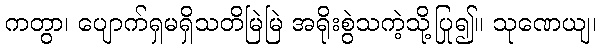
ကတွာ၊ ပျောက်ရှမရှိသတိမြဲမြဲ အရိုးစွဲသကဲ့သို့ပြု၍။ သုဏေယျ၊